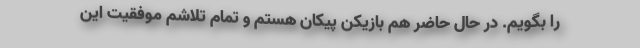
را بگویم. در حال حاضر هم بازیکن پیکان هستم و تمام تلاشم موفقیت این